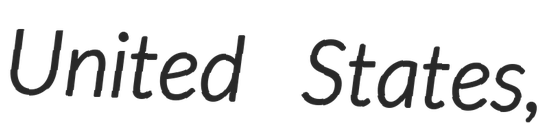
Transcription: United States,